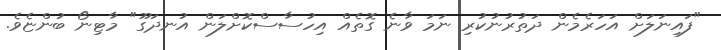
"ފައިނަލަށް އަހަރެމެން ދަތުރުނުކުރި ނަމަ ވާނެ ގޮތެއް އިހުސާސްކޮށްލަން އުނދަގޫ" މާޓިނޯ ބުންޏެވެ.